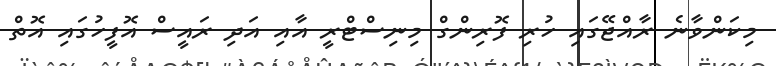
މިކަންވާނެ ރާއްޖޭގައި ހުރި ފޮރިންގް މިނިސްޓްރީ އާއި އަދި ރައީސް އޮފީހުގައި އޮތް